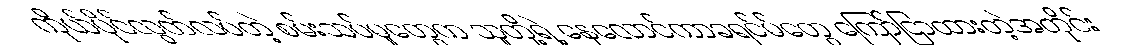
ကိုယ်ပိုင်လွတ်လပ်တဲ့ စမ်းသပ်မှုတွေက သူတို့ရဲ့ နေလောင်ကာခရင်မ်တွေ ကြော်ငြာထားတဲ့အတိုင်း